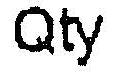
QTY